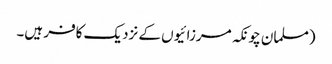
(مسلمان چونکہ مرزائیوں کے نزدیک کافر ہیں۔